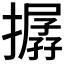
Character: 𢵔